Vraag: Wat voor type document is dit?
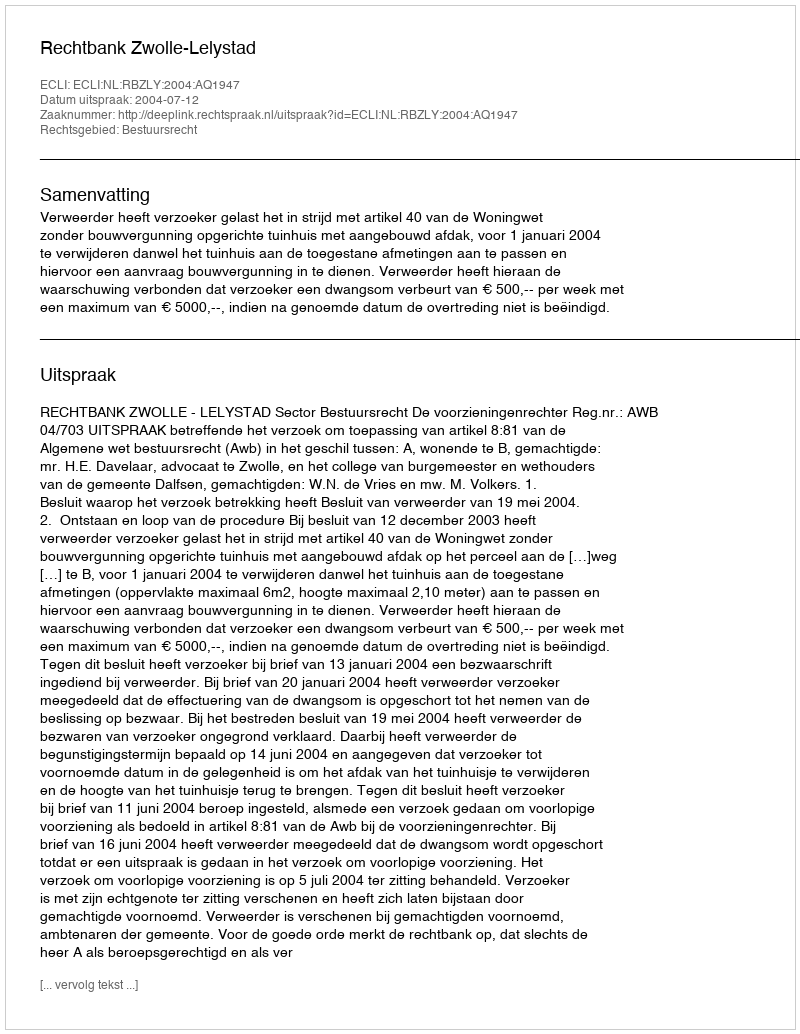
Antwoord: Uitspraak